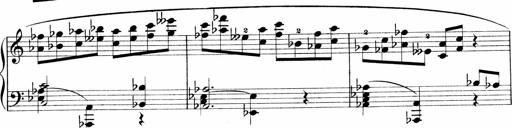
Title: Sonatina No.1
Composer: Otto Stoll
Key: C major